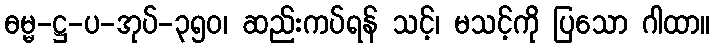
ဓမ္မ-ဋ္ဌ-ပ-အုပ်-၃၅၀၊ ဆည်းကပ်ရန် သင့်၊ မသင့်ကို ပြသော ဂါထာ။